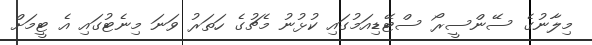
މިލާނުގެ ސޭންސީރޯ ސްޓޭޑިއަމުގައި ކުޅުނު މެޗުގެ ހަތަރު ވަނަ މިނެޓުގައި އެ ޓީމަށް